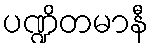
ပဏ္ဍိတမာနီ